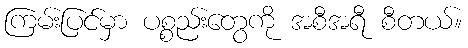
ကြမ်းပြင်မှာ ပစ္စည်းတွေကို အစီအရီ စီတယ်။